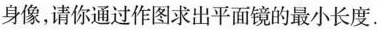
身像，请你通过作图求出平面镜的最小长度。